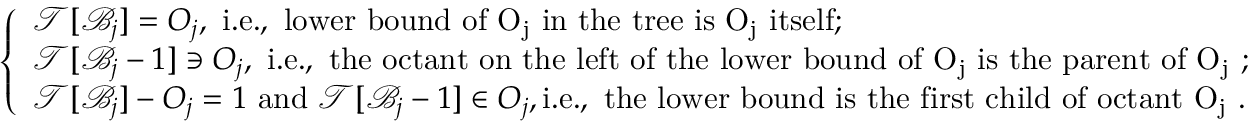
\left\{ \begin{array} { l l } { \mathcal { T } [ \mathcal { B } _ { j } ] = O _ { j } , \mathrm { ~ i . e . , ~ l o w e r ~ b o u n d ~ o f ~ O _ j ~ i n ~ t h e ~ t r e e ~ i s ~ O _ j ~ i t s e l f } ; } \\ { \mathcal { T } [ \mathcal { B } _ { j } - 1 ] \ni O _ { j } , \mathrm { ~ i . e . , ~ t h e ~ o c t a n t ~ o n ~ t h e ~ l e f t ~ o f ~ t h e ~ l o w e r ~ b o u n d ~ o f ~ O _ j ~ i s ~ t h e ~ p a r e n t ~ o f ~ O _ j ~ } ; } \\ { \mathcal { T } [ \mathcal { B } _ { j } ] - O _ { j } = 1 \ \mathrm { a n d } \ \mathcal { T } [ \mathcal { B } _ { j } - 1 ] \in O _ { j } , \mathrm { i . e . , ~ t h e ~ l o w e r ~ b o u n d ~ i s ~ t h e ~ f i r s t ~ c h i l d ~ o f ~ o c t a n t ~ O _ j ~ } . } \end{array} \right.